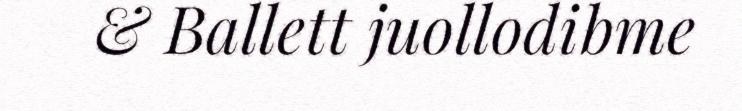
& Ballett juollodibme